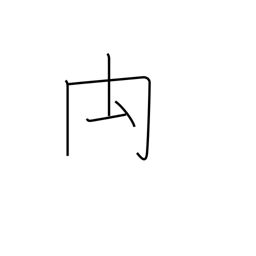
Meaning: rump